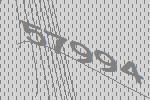
57994